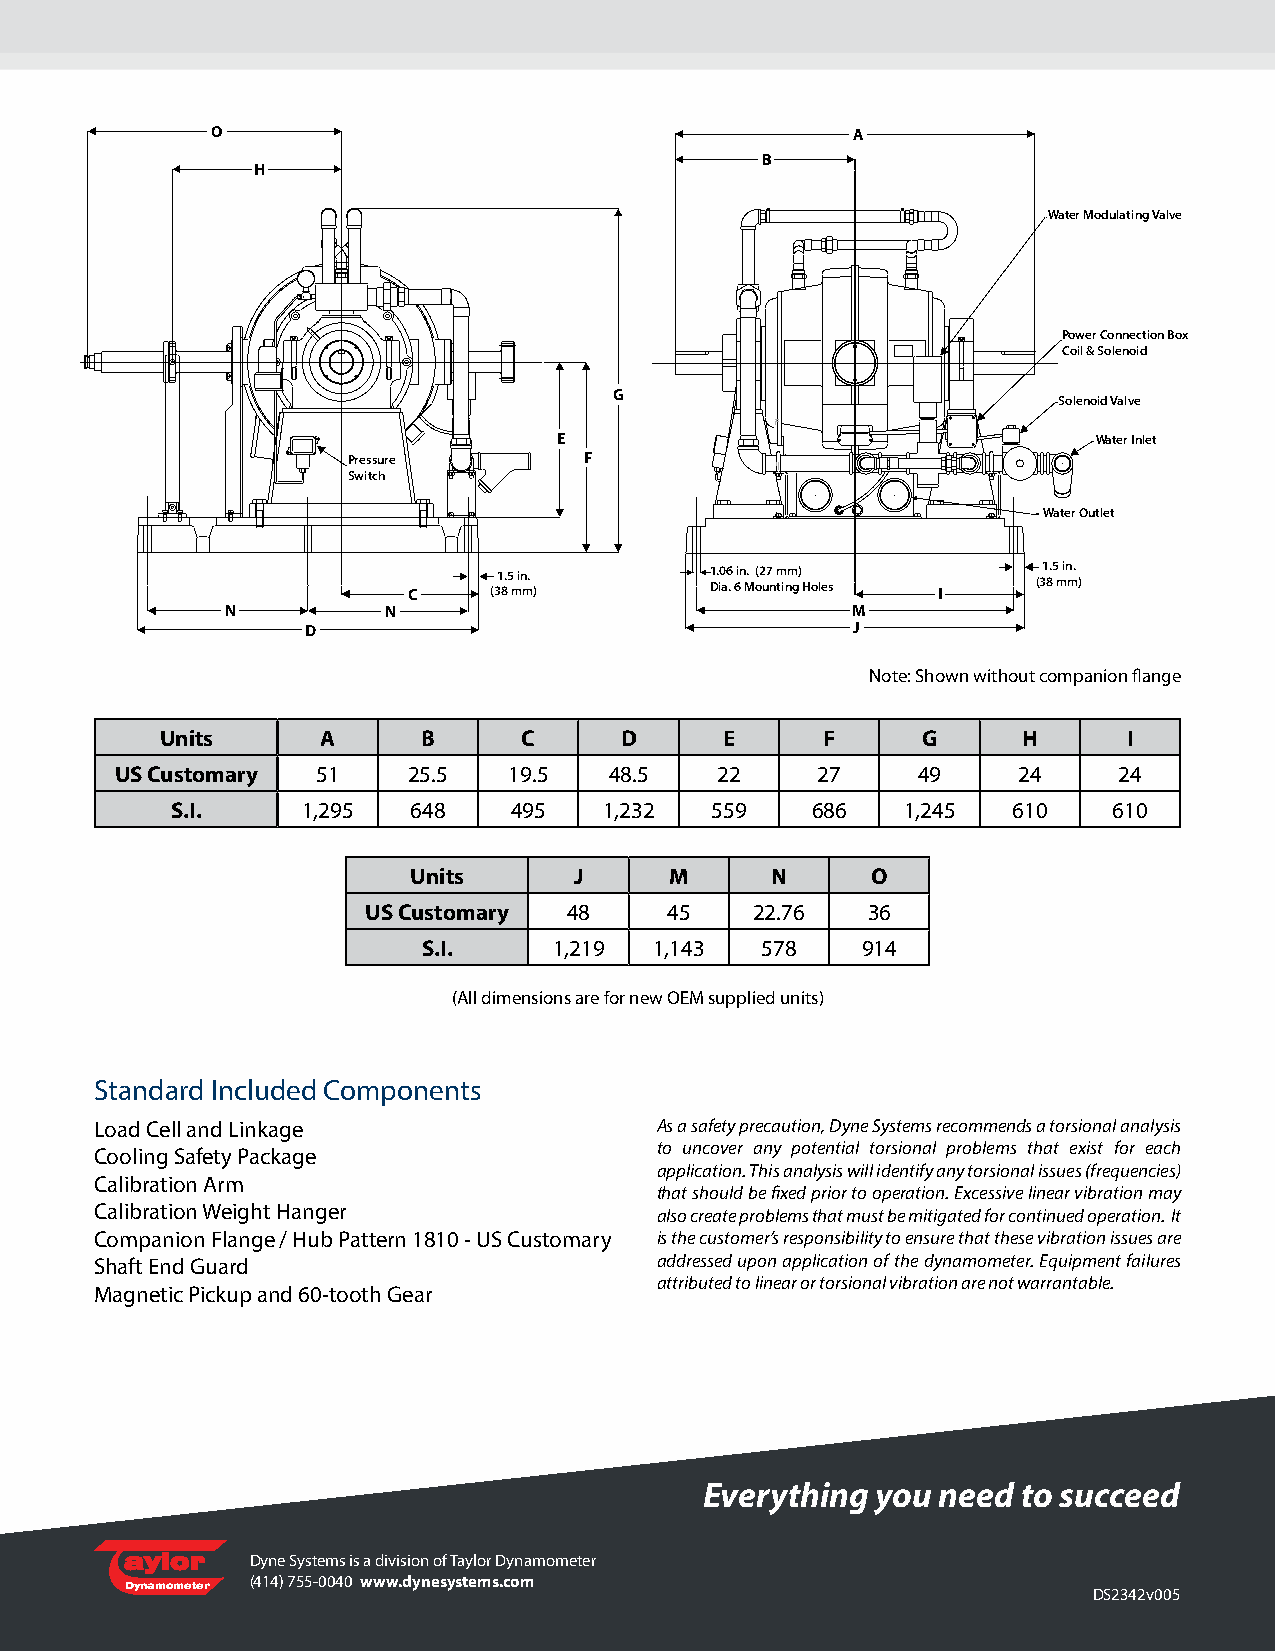
O                                         A
 B
 H
 Water Modulating Valve
 Power Connection Box
 Coil & Solenoid
 G
 Solenoid Valve
 E                                   Water Inlet
 Pressure        F
 Switch
 Water Outlet
 C    (31 8.5 m in m. ) 1 D. i0 a6 . 6in M. o(2 u7 n m tinm g) Holes I (31 8.5 m in m. )
 N          N                             M
 D                                   J
 Note: Shown without companion flange
 Units     A      B      C     D      E     F      G      H      I
 US Customary 51    25.5   19.5  48.5   22     27     49    24     24
 S.I.     1,295  648    495   1,232  559    686   1,245  610    610
 Units      J     M      N      O
 US Customary  48    45    22.76  36
 S.I.     1,219 1,143  578    914
 (All dimensions are for new OEM supplied units)
 Standard Included Components
 Load Cell and Linkage                As a safety precaution, Dyne Systems recommends a torsional analysis
 to uncover any potential torsional problems that exist for each
 Cooling Safety Package
 application. This analysis will identify any torsional issues (frequencies)
 Calibration Arm
 that should be fixed prior to operation. Excessive linear vibration may
 Calibration Weight Hanger            also create problems that must be mitigated for continued operation. It
 Companion Flange / Hub Pattern 1810 - US Customary is the customer’s responsibility to ensure that these vibration issues are
 Shaft End Guard                      addressed upon application of the dynamometer. Equipment failures
 attributed to linear or torsional vibration are not warrantable.
 Magnetic Pickup and 60-tooth Gear
 Everything you need  to succeed
 aylor    Dyne Systems is a division of Taylor Dynamometer
 (414) 755-0040 www.dynesystems.com
 Dynamometer                                                     DS2342v005